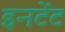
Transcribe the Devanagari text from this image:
इनटेंट